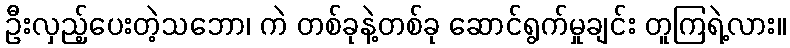
ဦးလှည့်ပေးတဲ့သဘော၊ ကဲ တစ်ခုနဲ့တစ်ခု ဆောင်ရွက်မှုချင်း တူကြရဲ့လား။